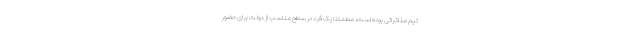
تیم مذاکراتی بوده است، مطمئناً یک فرد در سطح مناسب از دولت برای حضور